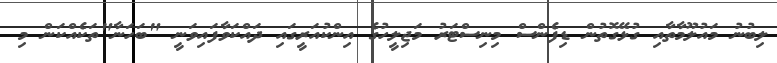
ލިބުނު މައުލޫމާތާއި ގުޅޭގޮތުން ޑިފެންސް މިނިސްޓަރު މަޖިލީހުގެ އިންކުއަރީގައި ދައްކަވާފައިވަނީ "ބަހަނާ"ތަކެއްކަން މި